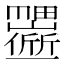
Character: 𬻱